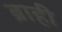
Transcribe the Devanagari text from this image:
ब्राही